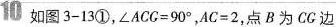
10如图3-13①，$$∠ A C G = 9 0 °$$，AC=2，点B为CG边